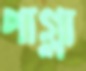
পাগ্লা